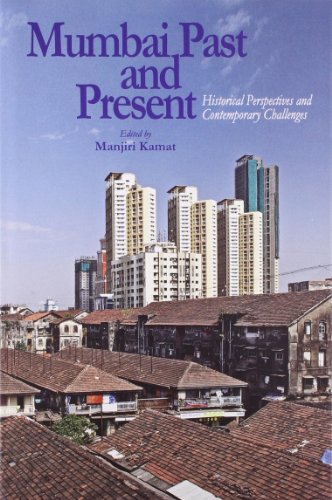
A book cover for Mumbai Past and Present; Manjiri Kamat; History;